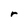
Character: r